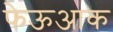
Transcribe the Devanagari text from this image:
फेऊआक